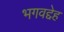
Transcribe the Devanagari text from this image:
भगवद्देह